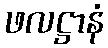
ဖလဋ္ဌာနံ